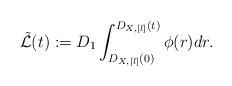
LaTeX: \begin{align*}\tilde{\mathcal{L}}(t) := D_1\int_{D_{X,[l]}(0)}^{D_{X,[l]}(t)}\phi(r)dr.\end{align*}